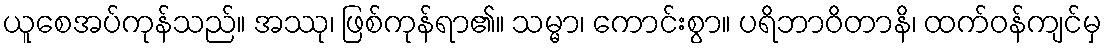
ယူစေအပ်ကုန်သည်။ အဿု၊ ဖြစ်ကုန်ရာ၏။ သမ္မာ၊ ကောင်းစွာ။ ပရိဘာဝိတာနိ၊ ထက်ဝန်ကျင်မှ